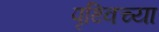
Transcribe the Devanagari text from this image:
पृथ्विच्या